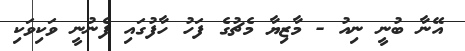
އޭނާ ބުނީ ނިއު - މާޒިޔާ މެޗުގެ ފަހު ހާފުގައި ފެނުނީ ވަކިވަކި